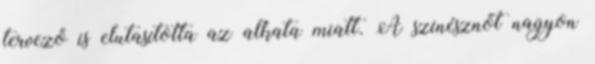
tervező is elutasította az alkata miatt. A színésznőt nagyon